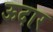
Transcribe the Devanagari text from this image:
ऊदार